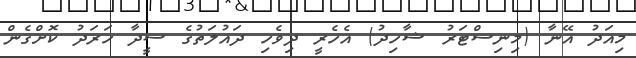
މިއަދު އޭނާ (މިނިސްޓަރު ޝާހިދު) އެހެރީ ދިވެހި ދައުލަތުގެ ސީދާ ހަރަދު ކޮށްގެން